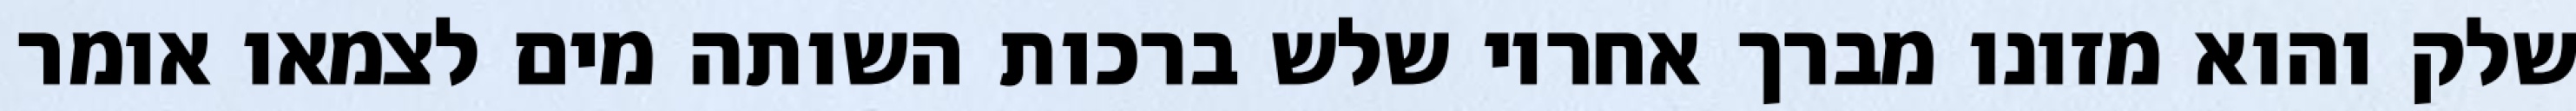
שלק והוא מזונו מברך אחריו שלש ברכות השותה מים לצמאו אומר